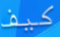
كيف